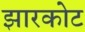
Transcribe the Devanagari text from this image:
झारकोट